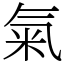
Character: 氣